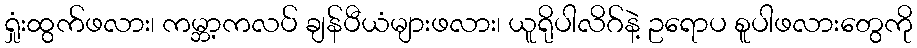
ရှုံးထွက်ဖလား၊ ကမ္ဘာ့ကလပ် ချန်ပီယံများဖလား၊ ယူရိုပါလိဂ်နဲ့ ဥရောပ စူပါဖလားတွေကို